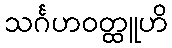
သင်္ဂဟဝတ္ထူဟိ